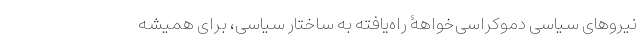
نیروهای سیاسی دموکراسی‌خواهۀ راه‌یافته به ساختار سیاسی، برای همیشه